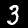
Digit: 3